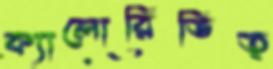
ক্যালোরিভিত্